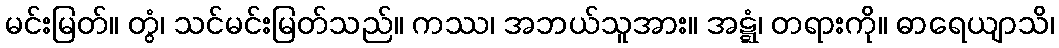
မင်းမြတ်။ တွံ၊ သင်မင်းမြတ်သည်။ ကဿ၊ အဘယ်သူအား။ အဋ္ဋံ၊ တရားကို။ ဓာရေယျာသိ၊